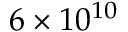
6 \times 1 0 ^ { 1 0 }